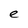
Character: e